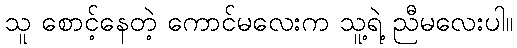
သူ စောင့်နေတဲ့ ကောင်မလေးက သူ့ရဲ့ ညီမလေးပါ။